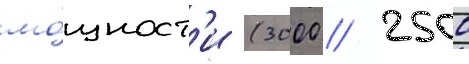
мо́щност'и (3000 / 2500